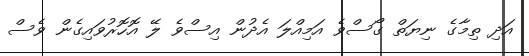
އަދި ތިމާގެ ނިޔަތް ގޯސްވެ އަމިއްލަ އެދުން އިސްވެ ލޭ އޮހޮރުވައިގެން ވެސް